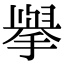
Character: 𭢅